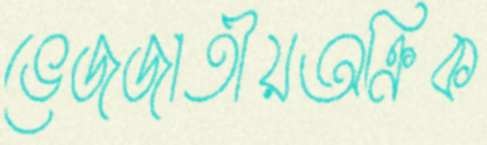
ভেজজাতীয়অক্রিক